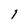
Character: 1